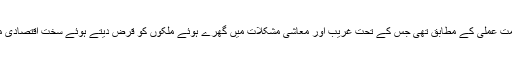
یہ گفتگو عالمی مالیاتی اداروں کی حکمت عملی کے مطابق تھی جس کے تحت غریب اور معاشی مشکلات میں گھرے ہوئے ملکوں کو قرض دیتے ہوئے سخت اقتصادی منصوبہ پر عمل کے لئے کہا جاتا ہے۔